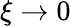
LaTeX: \xi\rightarrow 0